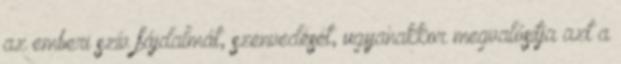
az emberi szív fájdalmát, szenvedését, ugyanakkor megvalósítja azt a